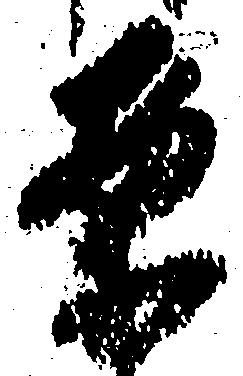
案